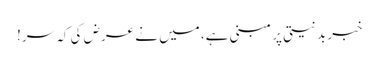
خبر بدنیتی پر مبنی ہے، میں نے عرض کی کہ سر!